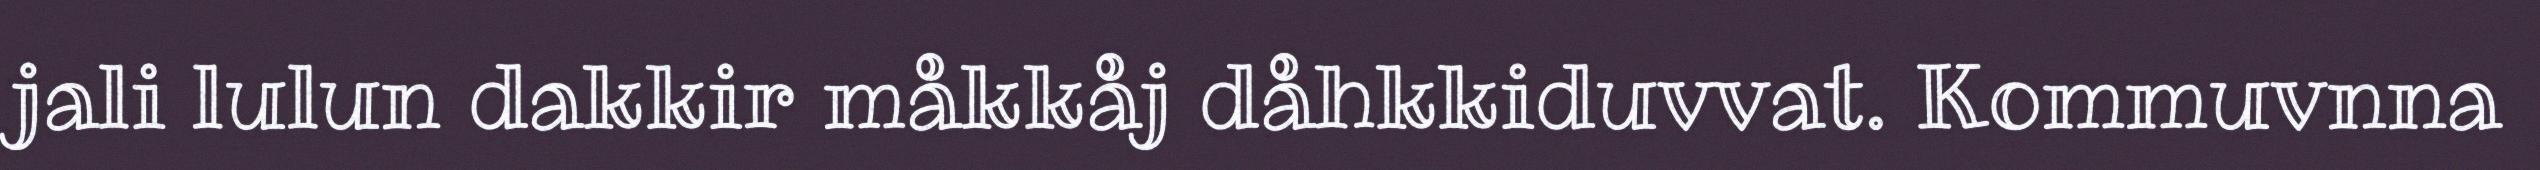
jali lulun dakkir måkkåj dåhkkiduvvat. Kommuvnna